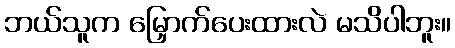
ဘယ်သူက မြှောက်ပေးထားလဲ မသိပါဘူး။